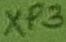
Text: XP3